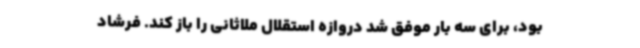
بود، برای سه بار موفق شد دروازه استقلال ملاثانی را باز کند. فرشاد